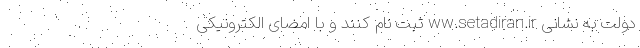
دولت به نشانی ww.setadiran.ir ثبت نام کنند و با امضای الکترونیکی